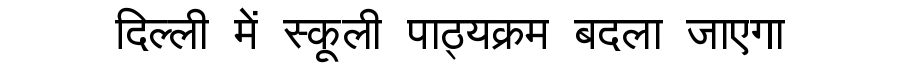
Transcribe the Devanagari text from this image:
दिल्ली में स्कूली पाठ्यक्रम बदला जाएगा